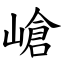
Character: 嵢